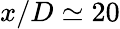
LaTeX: x/D\simeq 20